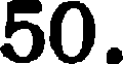
50.